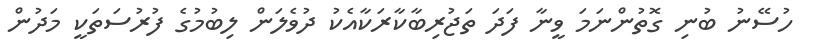
ހުސޭނު ބުނި ގޮތުންނަމަ ވީނާ ފަދަ ތަޖުރިބާކާރަކާއެކު ދުވެލަން ލިބުމުގެ ފުރުސަތަކީ މަދުން